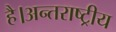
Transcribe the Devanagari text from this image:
है।अन्तराष्ट्रीय